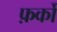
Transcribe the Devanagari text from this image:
फ़र्कों